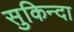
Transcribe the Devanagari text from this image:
सुकिन्दा